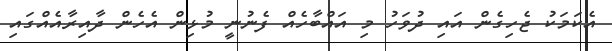
އެކަމަކު ޖެހިގެން އައި ދުވަހު މި އައްބާހެއް ފެނުނީ މުޅިން އެހެން ދާއިރާއެއްގައި